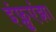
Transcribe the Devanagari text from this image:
इंफ्लुएंझा